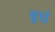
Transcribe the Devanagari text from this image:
इधं